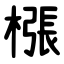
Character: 㯑